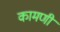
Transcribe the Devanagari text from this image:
कामणी